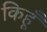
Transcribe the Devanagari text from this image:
किहूँ